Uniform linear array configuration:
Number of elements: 8
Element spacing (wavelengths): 0.25
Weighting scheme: cosine
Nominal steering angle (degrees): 60
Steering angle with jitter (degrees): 61.429
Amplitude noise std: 0.05
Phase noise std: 0.05

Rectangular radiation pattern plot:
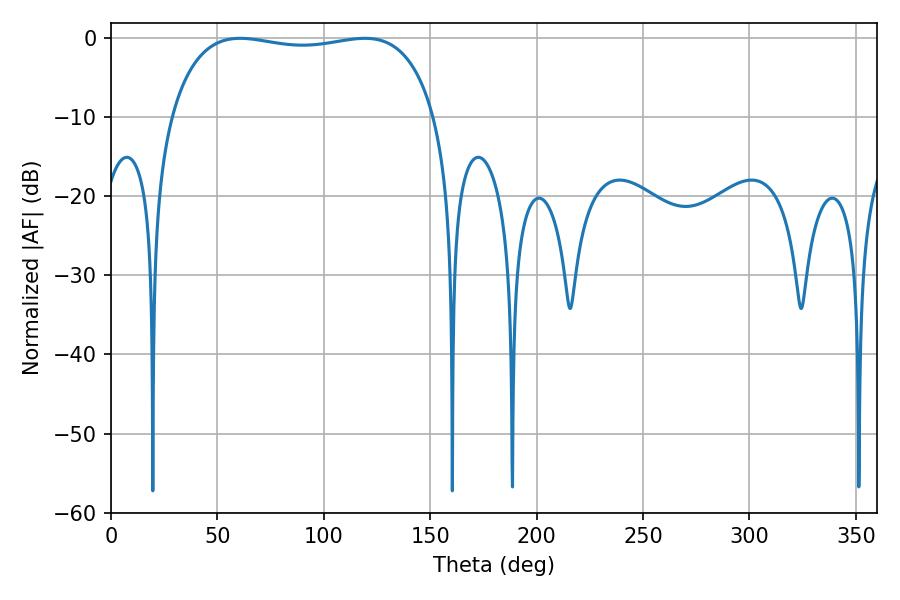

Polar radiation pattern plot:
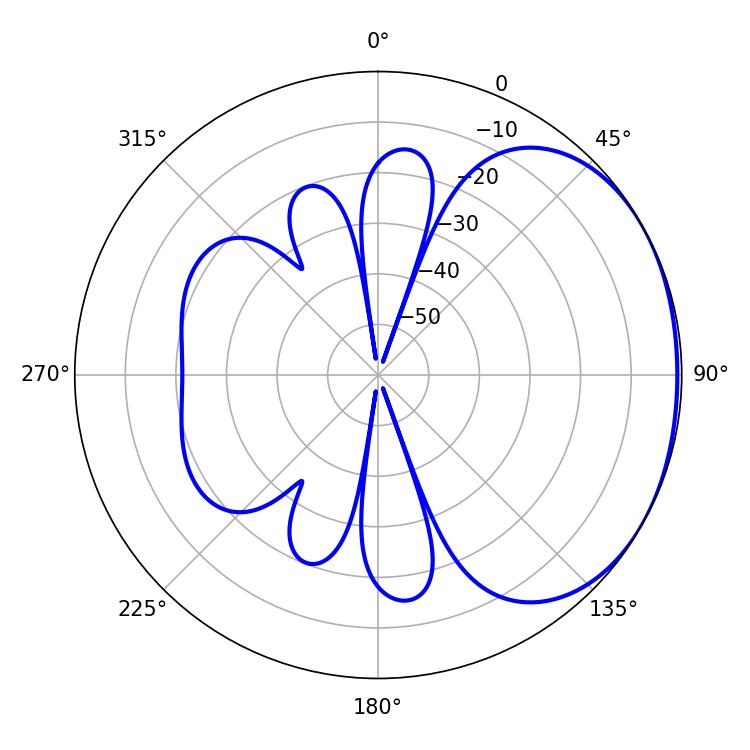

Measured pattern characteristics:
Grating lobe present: FALSE
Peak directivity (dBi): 1.535
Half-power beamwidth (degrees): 100.44
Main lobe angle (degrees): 60.66